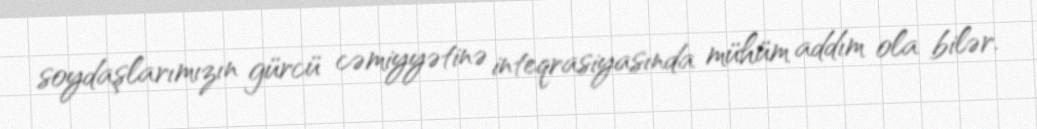
soydaşlarımızın gürcü cəmiyyətinə inteqrasiyasında mühüm addım ola bilər.